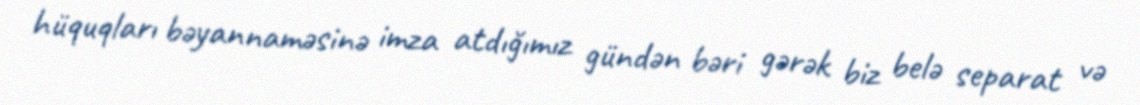
hüquqları bəyannaməsinə imza atdığımız gündən bəri gərək biz belə separat və